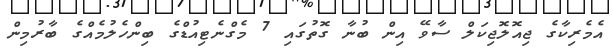
އެމެރިކާގެ ޖިއޮލޮޖިކަލް ސާވޭ އިން ބުނާ ގޮތުގައި 7 މެގްނެޓިއުޑްގެ ބިންހެލުމެއްގެ ބާރުމިން